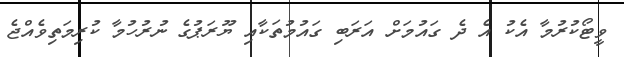
ވީޓޯކުރުމާ އެކު އެ ދެ ގައުމަށް އަރަބި ގައުމުތަކާއި ޔޫރަޕުގެ ނުރުހުމާ ކުރިމަތިވެއްޖެ